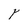
Character: Y